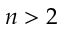
n > 2